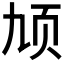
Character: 𬱓